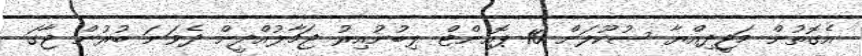
އެގޮތުން މަޖީދިއްޔާ ސުކޫލަށް 10 ޕޮއިންޓް ލިބުނުއިރު ޖަމާލުއްދީން ދެވަނަ ބުރުން ޖާގަ